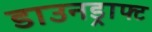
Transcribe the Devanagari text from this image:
डाउनड्राफ्ट